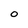
Character: o